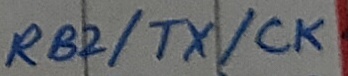
Text: RB2/TX/CK